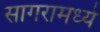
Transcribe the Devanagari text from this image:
सागरामध्ये